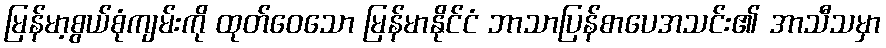
မြန်မာ့စွယ်စုံကျမ်းကို ထုတ်ဝေသော မြန်မာနိုင်ငံ ဘာသာပြန်စာပေအသင်း၏ အာသီသမှာ